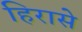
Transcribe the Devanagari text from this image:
हिरासे